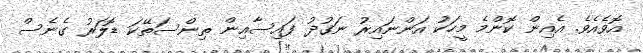
އޮވެއެވެ. އެއިން ކޮންމެ މީހަކު އަންނައިރު ނަގުދު ފައިސާއިން ތިންސަތޭކަ ޑޮލަރު ގެނެސް